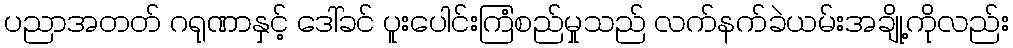
ပညာအတတ် ဂရုဏာနှင့် ဒေါ်ခင် ပူးပေါင်းကြံစည်မှုသည် လက်နက်ခဲယမ်းအချို့ကိုလည်း